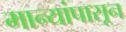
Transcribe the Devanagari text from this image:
मान्यांपासून